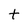
Character: t